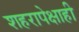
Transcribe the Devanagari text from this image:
शहरापेक्षाही